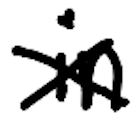
Text: in
Cross-out: cross
Writing tool: digital_black